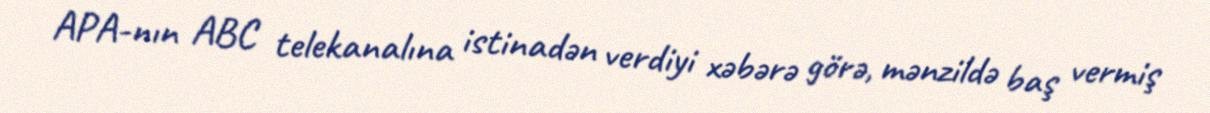
APA-nın ABC telekanalına istinadən verdiyi xəbərə görə, mənzildə baş vermiş